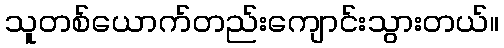
သူတစ်ယောက်တည်းကျောင်းသွားတယ်။